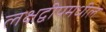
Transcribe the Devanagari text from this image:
लक्षद्वीपमधील